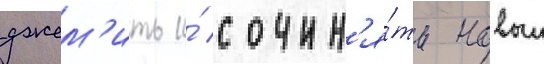
джем'ить и́ сочин'я́ть новыи